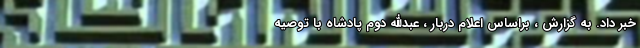
خبر داد. به گزارش ، براساس اعلام دربار ، عبدالله دوم پادشاه با توصیه